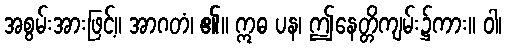
အစွမ်းအားဖြင့်။ အာဂတံ၊ ၏။ ဣဓ ပန၊ ဤနေတ္တိကျမ်း၌ကား။ ဝါ၊